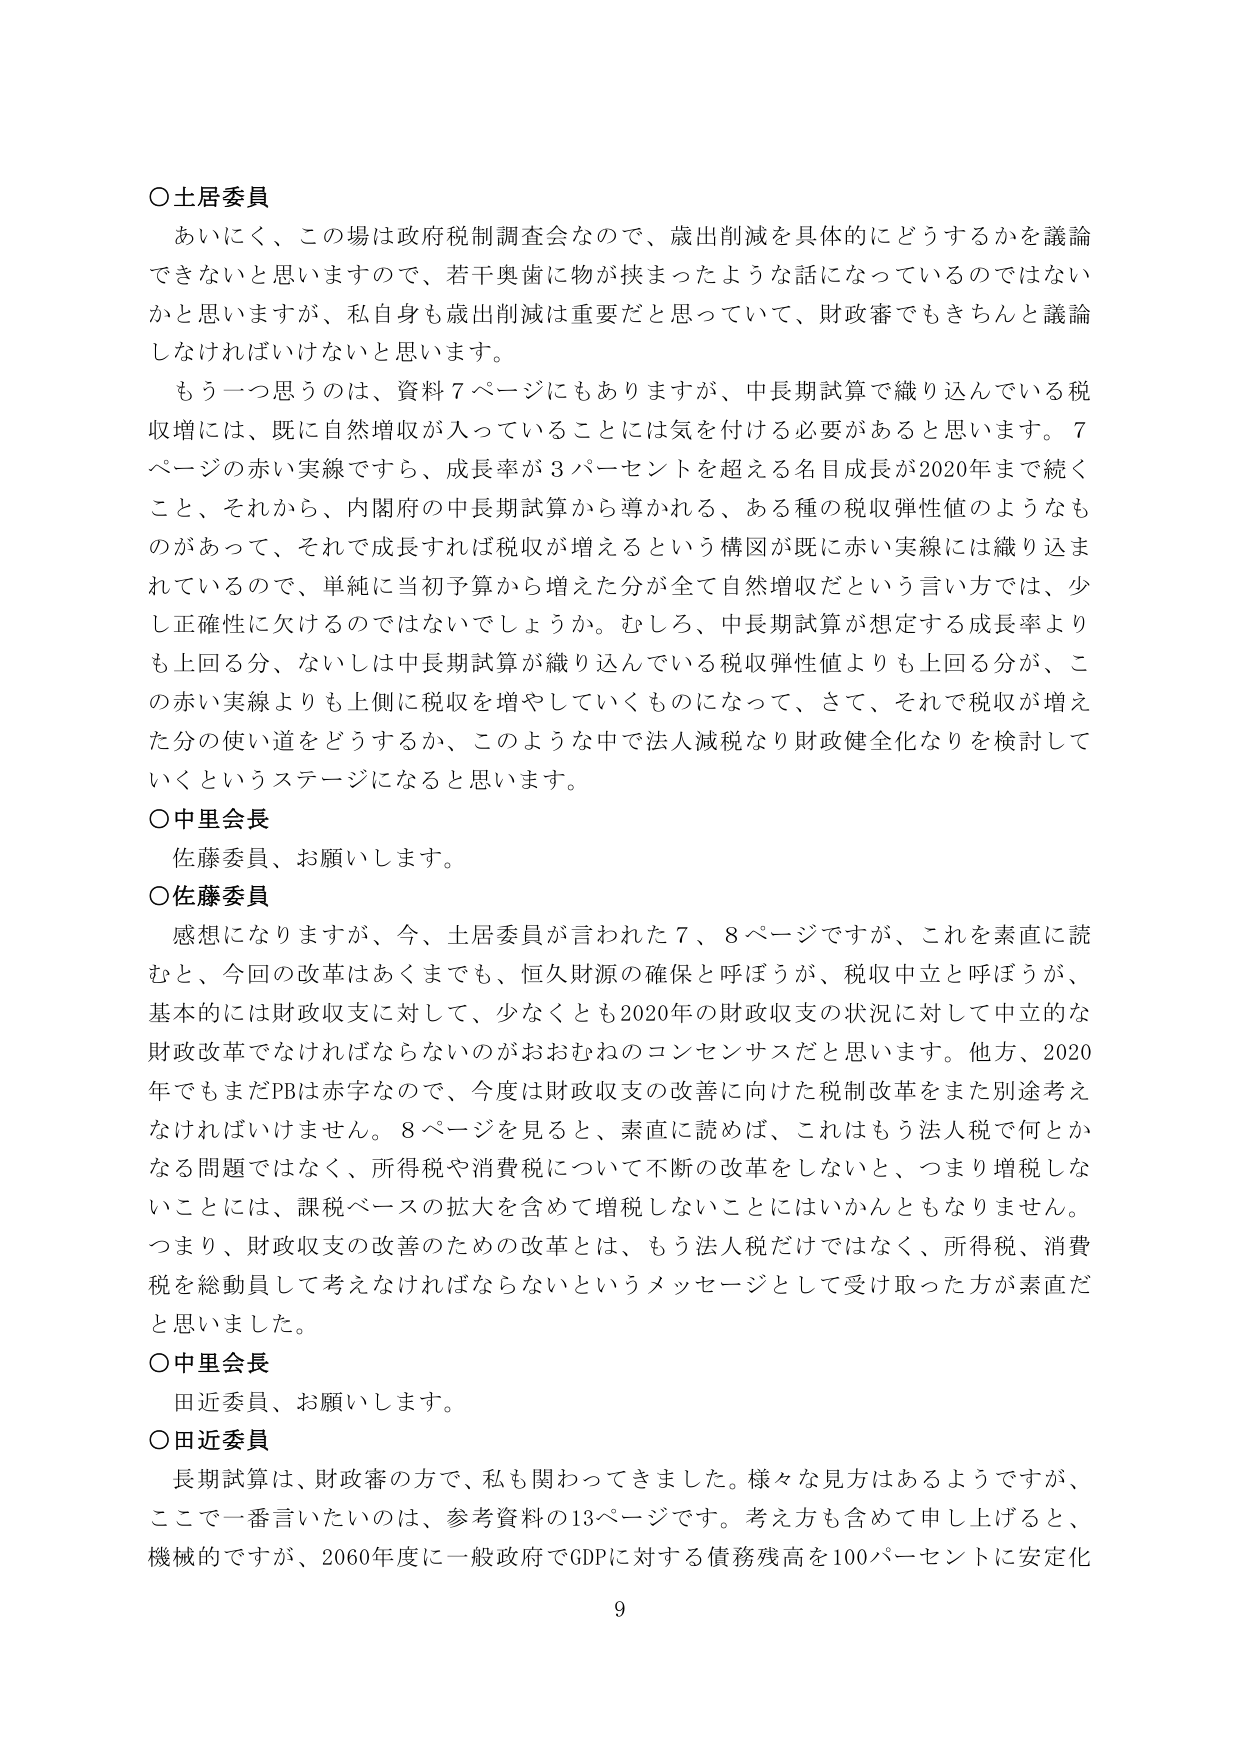
○土居委員
あいにく、この場は政府税制調査会なので、歳出削減を具体的にどうするかを議論できないと思いますので、若干奥歯に物が挟まったような話になっているのではないかと思いますが、私自身も歳出削減は重要だと思っていて、財政審でもきちんと議論しなければいけないと思います。
もう一つ思うのは、資料７ページにもありますが、中長期試算で織り込んでいる税収増には、既に自然増収が入っていることには気を付ける必要があると思います。７ページの赤い実線ですら、成長率が３パーセントを超える名目成長が2020年まで続くこと、それから、内閣府の中長期試算から導かれる、ある種の税収弾性値のようなものがあって、それで成長すれば税収が増えるという構図が既に赤い実線には織り込まれているので、単純に当初予算から増えた分が全て自然増収だという言い方では、少し正確性に欠けるのではないでしょうか。むしろ、中長期試算が想定する成長率よりも上回る分、ないしは中長期試算が織り込んでいる税収弾性値よりも上回る分が、この赤い実線よりも上側に税収を増やしていくものになって、さて、それで税収が増えた分の使い道をどうするか、このような中で法人減税なり財政健全化なりを検討していくというステージになると思います。

○中里会長
佐藤委員、お願いします。

○佐藤委員
感想になりますが、今、土居委員が言われた７、８ページですが、これを素直に読むと、今回の改革はあくまでも、恒久財源の確保と呼ぼうが、税収中立と呼ぼうが、基本的には財政収支に対して、少なくとも2020年の財政収支の状況に対して中立的な財政改革でなければならないのがおおむねのコンセンサスだと思います。他方、2020年でもまだPBは赤字なので、今度は財政収支の改善に向けた税制改革をまた別途考えなければいけません。８ページを見ると、素直に読めば、これはもう法人税で何とかなる問題ではなく、所得税や消費税について不断の改革をしないと、つまり増税しないことには、課税ベースの拡大を含めて増税しないことにはいかんともなりません。つまり、財政収支の改善のための改革とは、もう法人税だけではなく、所得税、消費税を総動員して考えなければならないというメッセージとして受け取った方が素直だと思いました。

○中里会長
田近委員、お願いします。

○田近委員
長期試算は、財政審の方で、私も関わってきました。様々な見方はあるようですが、ここで一番言いたいのは、参考資料の13ページです。考え方も含めて申し上げると、機械的ですが、2060年度に一般政府でGDPに対する債務残高を100パーセントに安定化

9